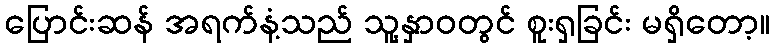
ပြောင်းဆန် အရက်နံ့သည် သူ့နှာဝတွင် စူးရှခြင်း မရှိတော့။